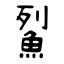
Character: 鮤